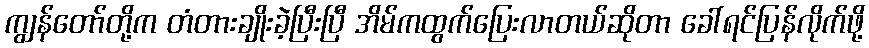
ကျွန်တော်တို့က တံတားချိုးခဲ့ပြီးပြီ အိမ်ကထွက်ပြေးလာတယ်ဆိုတာ ခေါ်ရင်ပြန်လိုက်ဖို့